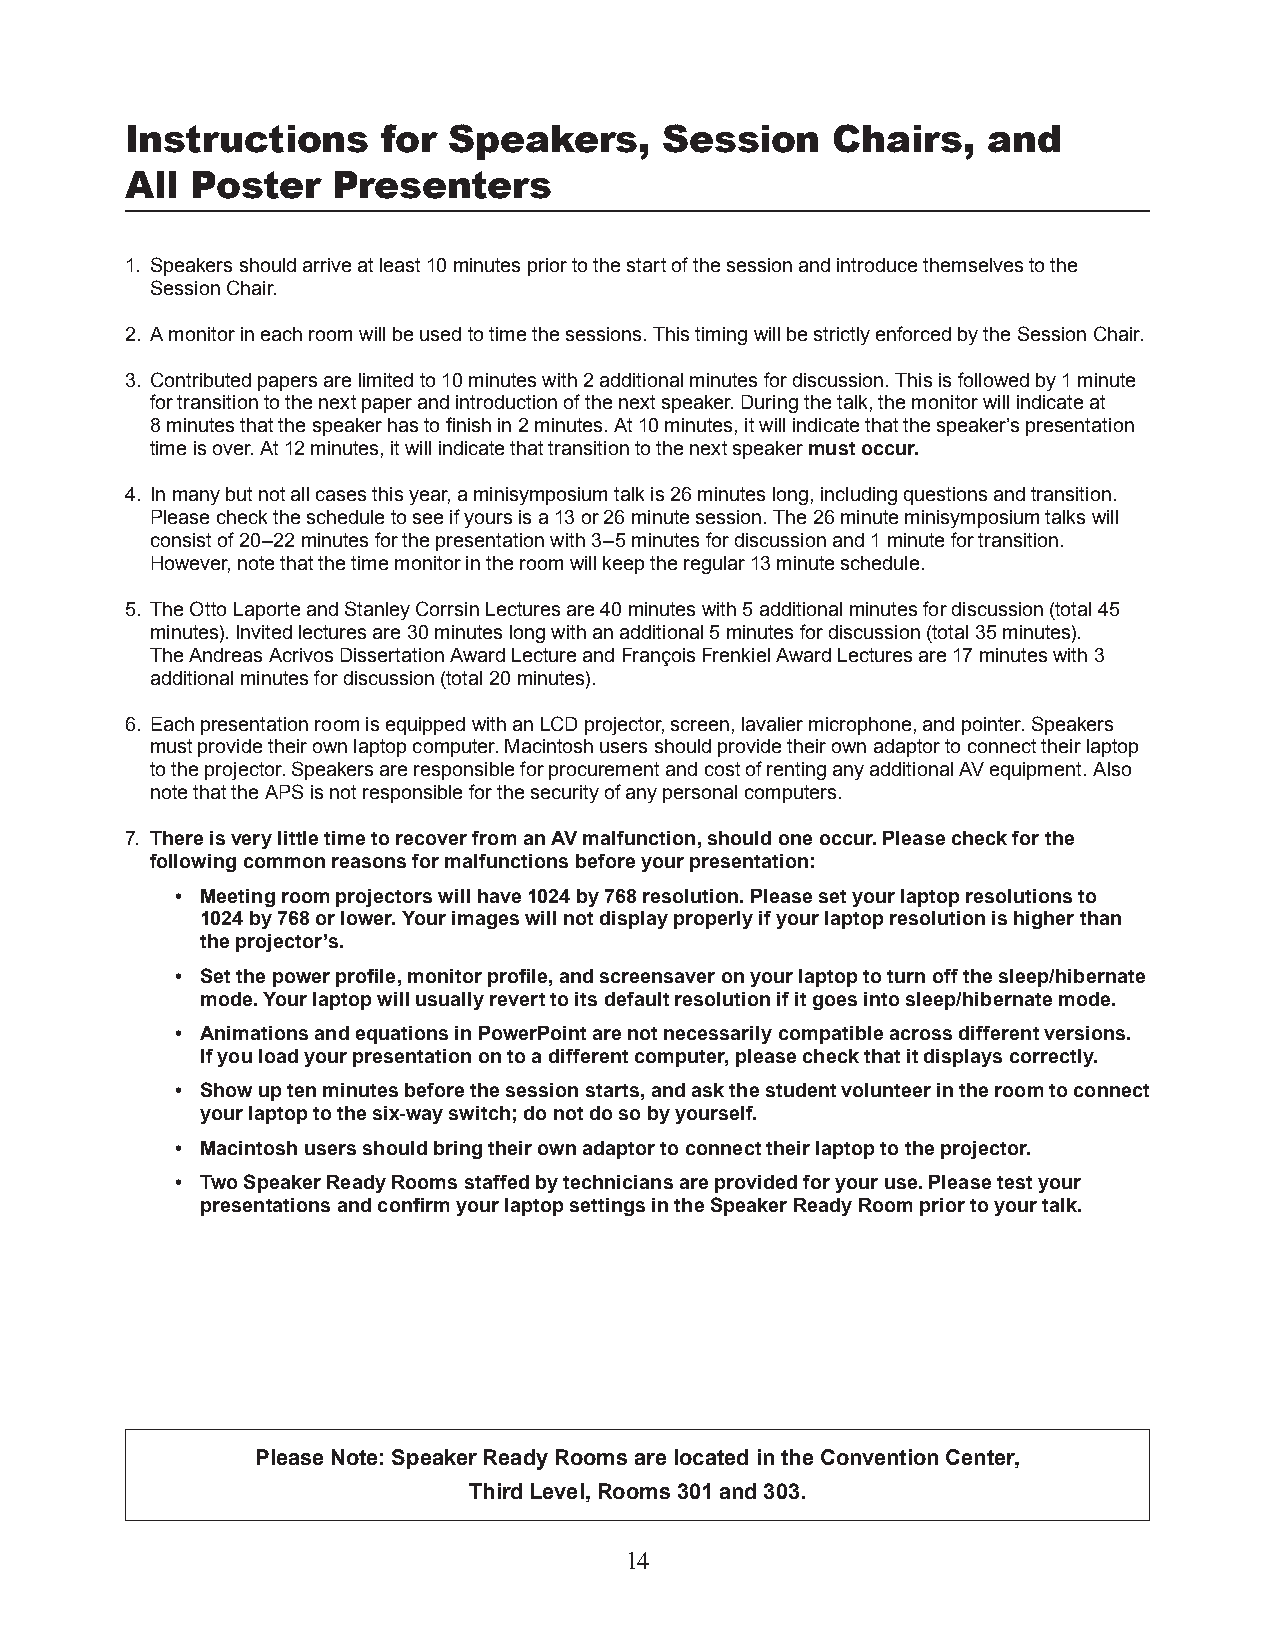
Instructions     for  Speakers,     Session    Chairs,   and
 All  Poster   Presenters
 1. Speakers should arrive at least 10 minutes prior to the start of the session and introduce themselves to the
 Session Chair.
 2. A monitor in each room will be used to time the sessions. This timing will be strictly enforced by the S ession Chair.
 3. Contributed papers are limited to 10 minutes with 2 additional minutes for discussion. This is followed by 1 minute
 for transition to the next paper and introduction of the next speaker. During the talk, the monitor will indicate at
 8 minutes that the speaker has to finish in 2 minutes. At 10 minutes, it will indicate that the speaker’s presentation
 time is over. At 12 minutes, it will indicate that transition to the next speaker must occur.
 4. In many but not all cases this year, a minisymposium talk is 26 minutes long, including questions and transition.
 Please check the schedule to see if yours is a 13 or 26 minute session. The 26 minute minisymposium talks will
 consist of 20–22 minutes for the presentation with 3–5 minutes for discussion and 1 minute for transition.
 However, note that the time monitor in the room will keep the regular 13 minute schedule.
 5. The Otto Laporte and Stanley Corrsin Lectures are 40 minutes with 5 additional minutes for discussion (total 45
 minutes). Invited lectures are 30 minutes long with an additional 5 minutes for discussion (total 35 minutes).
 The Andreas Acrivos Dissertation Award Lecture and François Frenkiel Award Lectures are 17 minutes with 3
 additional minutes for discussion (total 20 minutes).
 6. Each presentation room is equipped with an LCD projector, screen, lavalier microphone, and pointer. Speakers
 must provide their own laptop computer. Macintosh users should provide their own adaptor to connect their laptop
 to the projector. Speakers are responsible for procurement and cost of renting any additional AV equipment. Also
 note that the APS is not responsible for the security of any personal computers.
 7. There is very little time to recover from an AV malfunction, should one occur. Please check for the
 following common reasons for malfunctions before your presentation:
 • Meeting room projectors will have 1024 by 768 resolution. Please set your laptop resolutions to
 1024 by 768 or lower. Your images will not display properly if your laptop resolution is higher than
 the projector’s.
 • Set the power profile, monitor profile, and screensaver on your laptop to turn off the sleep/hibernate
 mode. Your laptop will usually revert to its default resolution if it goes into sleep/hibernate mode.
 • Animations and equations in PowerPoint are not necessarily compatible across different versions.
 If you load your presentation on to a different computer, please check that it displays correctly.
 • Show up ten minutes before the session starts, and ask the student volunteer in the room to connect
 your laptop to the six-way switch; do not do so by yourself.
 • Macintosh users should bring their own adaptor to connect their laptop to the projector.
 • Two Speaker Ready Rooms staffed by technicians are provided for your use. Please test your
 presen tations and confirm your laptop settings in the Speaker Ready Room prior to your talk.
 Please Note: Speaker Ready Rooms are located in the Convention Center,
 Third Level, Rooms 301 and 303.
 14